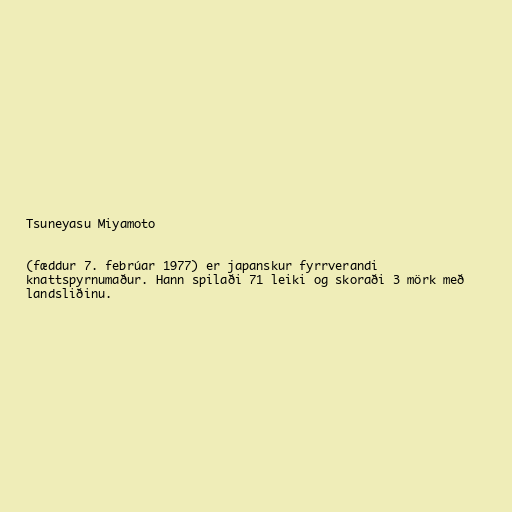
Tsuneyasu Miyamoto

(fæddur 7. febrúar 1977) er japanskur fyrrverandi
knattspyrnumaður. Hann spilaði 71 leiki og skoraði 3 mörk með
landsliðinu.